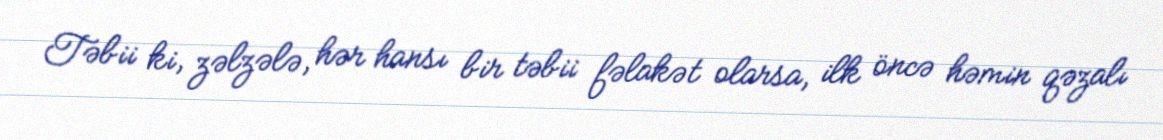
Təbii ki, zəlzələ, hər hansı bir təbii fəlakət olarsa, ilk öncə həmin qəzalı